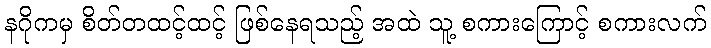
နဂိုကမှ စိတ်တထင့်ထင့် ဖြစ်နေရသည့် အထဲ သူ့ စကားကြောင့် စကားလက်